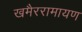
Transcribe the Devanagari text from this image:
खमैररामायण